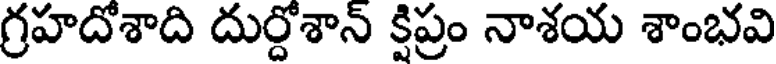
గ్రహదోశాది దుర్దోశాన్ క్షిప్రం నాశయ శాంభవి